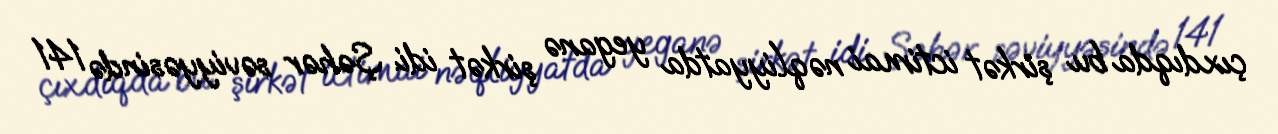
çıxdıqda bu şirkət ictimai nəqliyyatda yeganə şirkət idi. Şəhər səviyyəsində 141